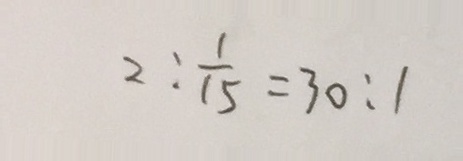
2 : \frac { 1 } { 1 5 } = 3 0 : 1